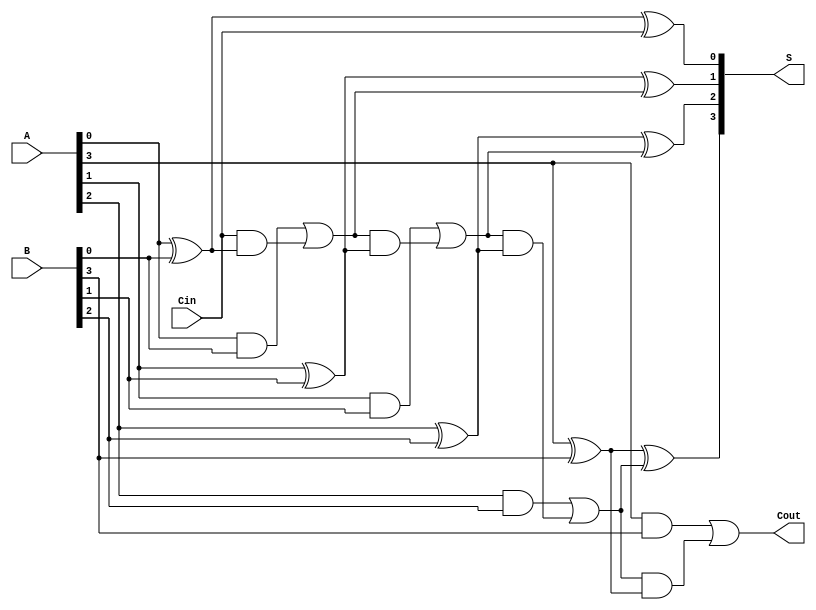
module HanCarlsonAdder #(
    parameter N = 4  // Define the bit-width of the adder
)(
    input  [N-1:0] A,     // First n-bit input
    input  [N-1:0] B,     // Second n-bit input
    input         Cin,     // Carry-in
    output [N-1:0] S,      // n-bit sum output
    output        Cout      // Carry-out
);

    wire [N:0] C; // Carry bits, C[0] is the carry-in, C[N] is the carry-out

    // Generate carry bits
    assign C[0] = Cin; // Initial carry-in

    genvar i;
    generate
        for (i = 0; i < N; i = i + 1) begin : carry_generation
            // Carry generation logic
            assign C[i+1] = (A[i] & B[i]) | (C[i] & (A[i] ^ B[i]));
        end
    endgenerate

    // Generate sum bits
    generate
        for (i = 0; i < N; i = i + 1) begin : sum_generation
            // Sum calculation logic
            assign S[i] = A[i] ^ B[i] ^ C[i];
        end
    endgenerate

    // Final carry-out
    assign Cout = C[N];

endmodule